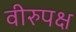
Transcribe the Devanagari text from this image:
वीरुपक्ष